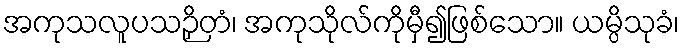
အကုသလူပသဉှိတံ၊ အကုသိုလ်ကိုမှီ၍ဖြစ်သော။ ယမ္ပိသုခံ၊